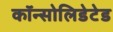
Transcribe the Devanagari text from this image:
कॉन्सोलिडेटेड